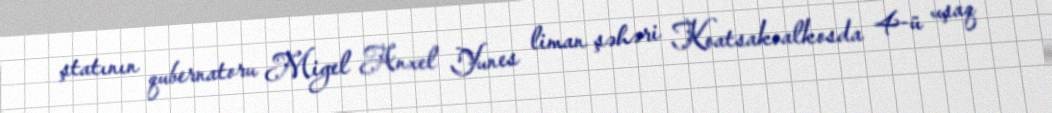
ştatının qubernatoru Migel Anxel Yunes liman şəhəri Koatsakoalkosda 4-ü uşaq